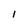
Character: l